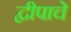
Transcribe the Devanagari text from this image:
द्वीपाचे